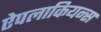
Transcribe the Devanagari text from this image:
ऐपलाकियन्स